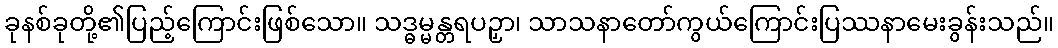
ခုနစ်ခုတို့၏ပြည့်ကြောင်းဖြစ်သော။ သဒ္ဓမ္မန္တရပဉှာ၊ သာသနာတော်ကွယ်ကြောင်းပြဿနာမေးခွန်းသည်။